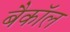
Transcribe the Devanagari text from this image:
बैकॉल